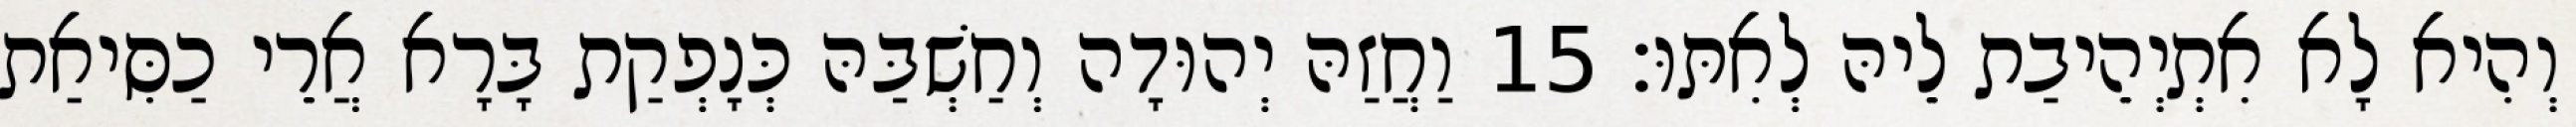
וְהִיא לָא אִתְיְהֵיבַת לֵיהּ לְאִתּוּ׃ 15 וַחֲזַהּ יְהוּדָה וְחַשְׁבַּהּ כְּנָפְקַת בָּרָא אֲרֵי כַסִּיאַת